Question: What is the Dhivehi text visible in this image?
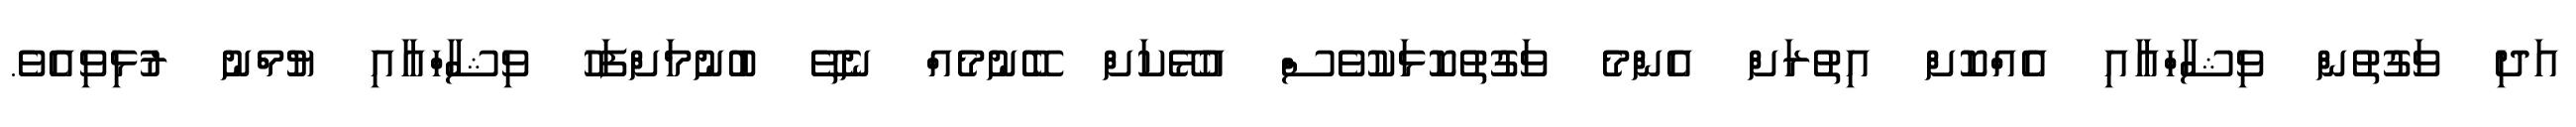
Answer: އަދި ވަގުތުން ވިޝާހްއާއި އެއްކޮށް އިތުރަށް އެންމެ ވަގުތުކޮޅަކުވެސް އުޅޭކަށް ބޭނުމެއް ނެތޭ ބުނުމަށްފަހު ވިޝާހްއާއި ޔުމްނު ރުޅިވިއެވެ.